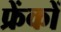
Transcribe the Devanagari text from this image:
फ्रेंकों